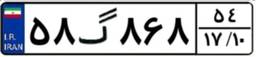
۳۰گ۶۴۵۲۸